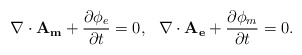
\begin{align*}\nabla\cdot\mathbf{A_m}+\frac{\partial\phi_e}{\partial t}=0,~~\nabla\cdot\mathbf{A_e}+\frac{\partial\phi_m}{\partial t}=0.\end{align*}